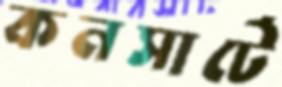
কনসার্টে